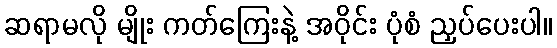
ဆရာမလို မျိုး ကတ်ကြေးနဲ့ အဝိုင်း ပုံစံ ညှပ်ပေးပါ။